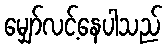
မျှော်လင့်နေပါသည်